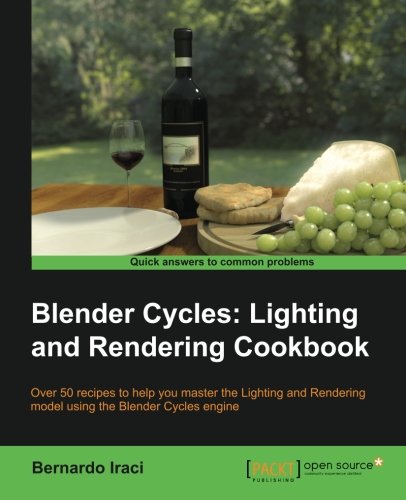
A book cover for Blender Cycles: Lighting and Rendering Cookbook; Bernardo Iraci; Computers & Technology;